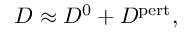
\begin{array} { r } { D \approx D ^ { 0 } + D ^ { \mathrm { p e r t } } , } \end{array}